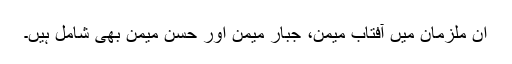
ان ملزمان میں آفتاب میمن، جبار میمن اور حسن میمن بھی شامل ہیں۔